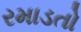
રમાડતો